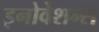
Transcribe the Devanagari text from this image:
इनोवेशन्स